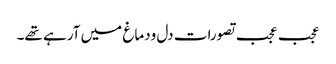
عجب عجب تصورات دل ودماغ میں آرہے تھے۔